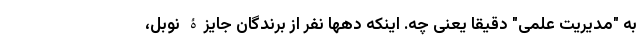
به "مدیریت علمی" دقیقا یعنی چه. اینکه دهها نفر از برندگان جایزۀ نوبل،